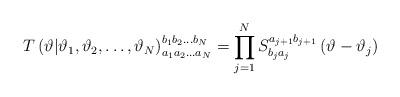
LaTeX: \begin{align*}T\left( \vartheta |\vartheta_{1},\vartheta_{2},\ldots ,\vartheta_{N}\right) ^{b_{1}b_{2}\ldots b_{N}}_{a_{1}a_{2}\ldots a_{N}}=\prod^{N}_{j=1}S^{a_{j+1}b_{j+1}}_{b_{j}a_{j}}\left( \vartheta -\vartheta_{j}\right) \end{align*}